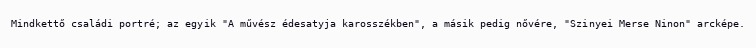
Mindkettő családi portré; az egyik "A művész édesatyja karosszékben", a másik pedig nővére, "Szinyei Merse Ninon" arcképe.